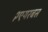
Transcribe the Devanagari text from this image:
२एयरबस